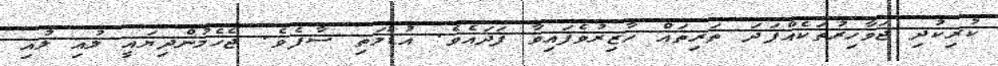
ކުރިކުދި ޖަވާހިރުތަކެއްފަދަ ތަރިތައް ހާޒިރުވެފައިވާ ފަދައެވެ. އުޑުމަތި ސާފެވެ. ޖެހެމުންދިޔައީ ލުއި ލުއި